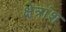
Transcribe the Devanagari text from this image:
क्षेत्रांश